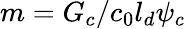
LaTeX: m=G_{c}/c_{0}l_{d}\psi_{c}